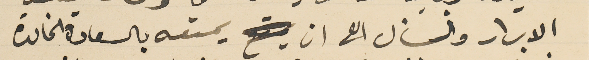
الابرار ونسأل الله ان يمتعه بالسعادة الخالدة